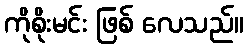
ကိုစိုးမင်း ဖြစ် လေသည်။